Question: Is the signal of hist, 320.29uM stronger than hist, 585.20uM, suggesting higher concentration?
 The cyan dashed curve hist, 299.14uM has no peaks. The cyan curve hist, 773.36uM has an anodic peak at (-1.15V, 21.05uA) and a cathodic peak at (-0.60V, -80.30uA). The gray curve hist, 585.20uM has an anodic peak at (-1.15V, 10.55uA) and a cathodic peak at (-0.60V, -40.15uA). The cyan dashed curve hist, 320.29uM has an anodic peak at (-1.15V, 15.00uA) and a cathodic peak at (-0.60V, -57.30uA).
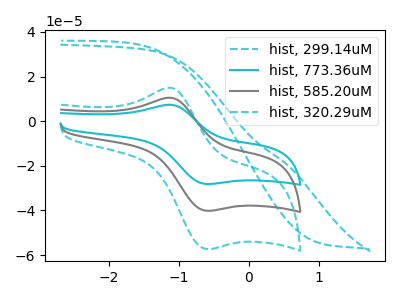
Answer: <think>All the peaks in "hist, 320.29uM" have a peak in "hist, 585.20uM" at the same potential. Every peak in "hist, 320.29uM" is higher than every peak in "hist, 585.20uM".
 </think>
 <answer>"hist, 320.29uM" has more signal than "hist, 585.20uM" and so likely has a higher concentration.</answer>
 <eval>more_concentration</eval>